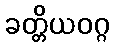
ခတ္တိယဝဂ္ဂ